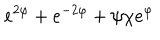
e ^ { 2 \varphi } + e ^ { - 2 \varphi } + \psi \chi e ^ { \varphi }